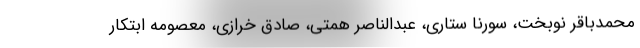
محمدباقر نوبخت، سورنا ستاری، عبدالناصر همتی، صادق خرازی، معصومه ابتکار